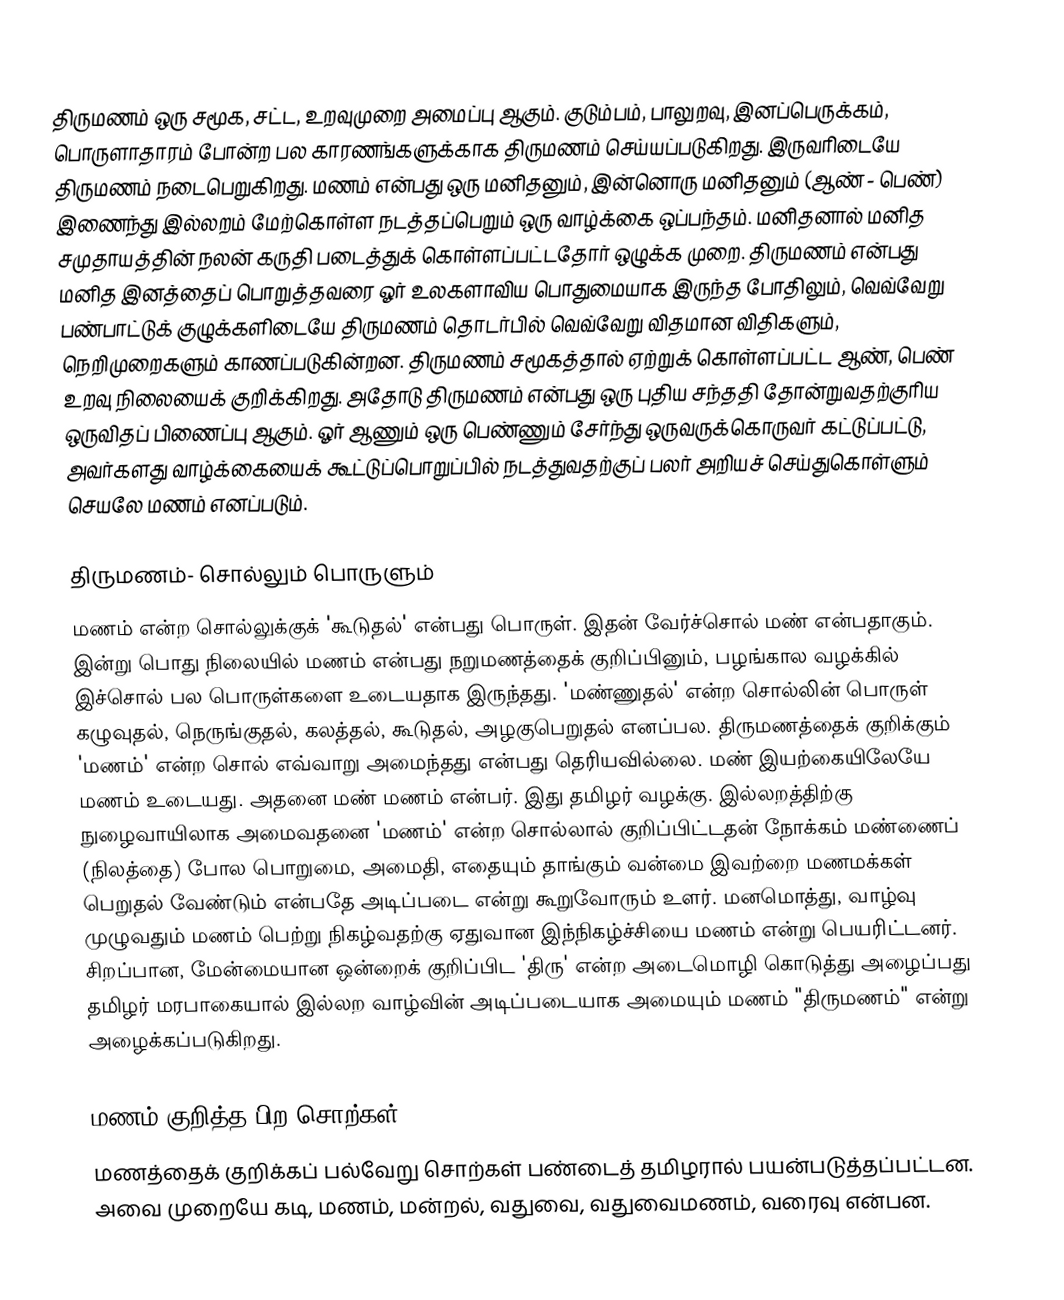
திருமணம் ஒரு சமூக, சட்ட, உறவுமுறை அமைப்பு ஆகும். குடும்பம், பாலுறவு, இனப்பெருக்கம், பொருளாதாரம் போன்ற பல காரணங்களுக்காக திருமணம் செய்யப்படுகிறது. இருவரிடையே  திருமணம் நடைபெறுகிறது. மணம் என்பது ஒரு மனிதனும், இன்னொரு மனிதனும் (ஆண் - பெண்) இணைந்து இல்லறம் மேற்கொள்ள நடத்தப்பெறும் ஒரு வாழ்க்கை ஒப்பந்தம். மனிதனால் மனித சமுதாயத்தின் நலன் கருதி படைத்துக் கொள்ளப்பட்டதோர் ஒழுக்க முறை.  திருமணம் என்பது மனித இனத்தைப் பொறுத்தவரை ஓர் உலகளாவிய பொதுமையாக இருந்த போதிலும், வெவ்வேறு பண்பாட்டுக் குழுக்களிடையே திருமணம் தொடர்பில் வெவ்வேறு விதமான விதிகளும், நெறிமுறைகளும் காணப்படுகின்றன. திருமணம் சமூகத்தால் ஏற்றுக் கொள்ளப்பட்ட ஆண், பெண் உறவு நிலையைக் குறிக்கிறது. அதோடு திருமணம் என்பது ஒரு புதிய சந்ததி தோன்றுவதற்குரிய ஒருவிதப் பிணைப்பு ஆகும். ஓர் ஆணும்  ஒரு பெண்ணும் சேர்ந்து ஒருவருக்கொருவர் கட்டுப்பட்டு, அவர்களது வாழ்க்கையைக் கூட்டுப்பொறுப்பில் நடத்துவதற்குப் பலர் அறியச் செய்துகொள்ளும் செயலே மணம் எனப்படும்.

திருமணம்- சொல்லும் பொருளும்
மணம் என்ற சொல்லுக்குக் 'கூடுதல்' என்பது பொருள். இதன் வேர்ச்சொல் மண் என்பதாகும். இன்று பொது நிலையில் மணம் என்பது நறுமணத்தைக் குறிப்பினும், பழங்கால வழக்கில் இச்சொல் பல பொருள்களை உடையதாக இருந்தது. 'மண்ணுதல்' என்ற சொல்லின் பொருள் கழுவுதல், நெருங்குதல், கலத்தல், கூடுதல், அழகுபெறுதல் எனப்பல.  திருமணத்தைக் குறிக்கும் 'மணம்' என்ற சொல் எவ்வாறு அமைந்தது என்பது தெரியவில்லை. மண் இயற்கையிலேயே மணம் உடையது. அதனை மண் மணம் என்பர். இது தமிழர் வழக்கு. இல்லறத்திற்கு நுழைவாயிலாக அமைவதனை 'மணம்' என்ற சொல்லால் குறிப்பிட்டதன் நோக்கம் மண்ணைப் (நிலத்தை) போல பொறுமை, அமைதி, எதையும் தாங்கும் வன்மை இவற்றை மணமக்கள் பெறுதல் வேண்டும் என்பதே அடிப்படை என்று கூறுவோரும் உளர். மனமொத்து, வாழ்வு முழுவதும் மணம் பெற்று நிகழ்வதற்கு ஏதுவான இந்நிகழ்ச்சியை மணம் என்று பெயரிட்டனர். சிறப்பான, மேன்மையான ஒன்றைக் குறிப்பிட 'திரு' என்ற அடைமொழி கொடுத்து அழைப்பது தமிழர் மரபாகையால்  இல்லற வாழ்வின் அடிப்படையாக அமையும் மணம் "திருமணம்" என்று  அழைக்கப்படுகிறது.

மணம் குறித்த பிற சொற்கள்
மணத்தைக் குறிக்கப் பல்வேறு சொற்கள் பண்டைத் தமிழரால் பயன்படுத்தப்பட்டன. அவை முறையே கடி, மணம், மன்றல், வதுவை, வதுவைமணம், வரைவு என்பன.